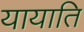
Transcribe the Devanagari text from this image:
यायाति